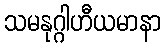
သမနုဂ္ဂါဟီယမာနာ